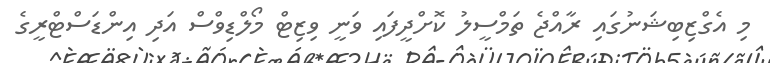
މި އެގްޒިބިޝަނުގައި ރާއްޖެ ތަމްސީލު ކޮށްދީފައި ވަނީ ވިޒިޓް މޯލްޑިވްސް އަދި އިންޑަސްޓްރީގެ